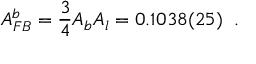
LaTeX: A _ { F B } ^ { b } = \frac { 3 } { 4 } A _ { b } A _ { l } = 0 . 1 0 3 8 ( 2 5 ) \; \; .